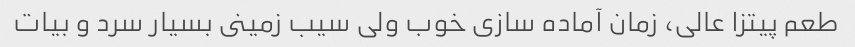
طعم پیتزا عالى، زمان آماده سازى خوب ولى سیب زمینى بسیار سرد و بیات